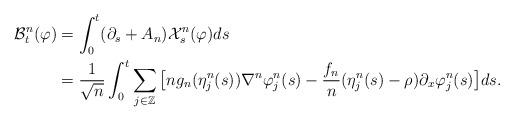
LaTeX: \begin{align*}\begin{aligned}\mathcal{B}^n_t (\varphi)& = \int_0^t ( \partial_s + A_n ) \mathcal{X}^n_s (\varphi ) ds \\& = \frac{1}{ \sqrt{n} } \int_0^t \sum_{ j \in \mathbb{Z} } \big[ n g_n (\eta^n_j (s) ) \nabla^n \varphi^n_j (s) - \frac{f_n}{n} (\eta^n_j (s) - \rho ) \partial_x \varphi^n_j (s) \big] ds . \end{aligned}\end{align*}